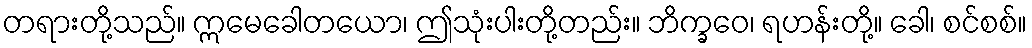
တရားတို့သည်။ ဣမေခေါတယော၊ ဤသုံးပါးတို့တည်း။ ဘိက္ခဝေ၊ ရဟန်းတို့။ ခေါ၊ စင်စစ်။